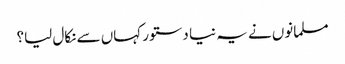
مسلمانوں نے یہ نیا دستور کہاں سے نکال لیا؟